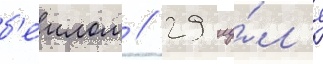
б'еилом // 29 иу́л'я